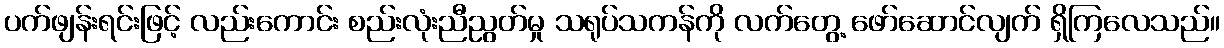
ပက်ဖျန်းရင်းဖြင့် လည်းကောင်း စည်းလုံးညီညွတ်မှု သရုပ်သကန်ကို လက်တွေ့ ဖော်ဆောင်လျက် ရှိကြလေသည်။